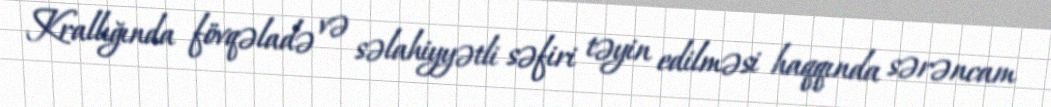
Krallığında fövqəladə və səlahiyyətli səfiri təyin edilməsi haqqında sərəncam